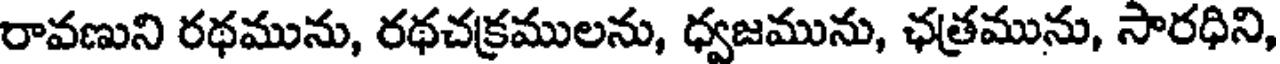
రావణుని రథమును, రథచక్రములను, ధ్వజమును, ఛత్రమును, సారధిని,